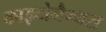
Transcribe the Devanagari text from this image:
काइटोनैन्थस